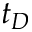
t _ { D }